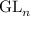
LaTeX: { \mathrm { G L } } _ { n }